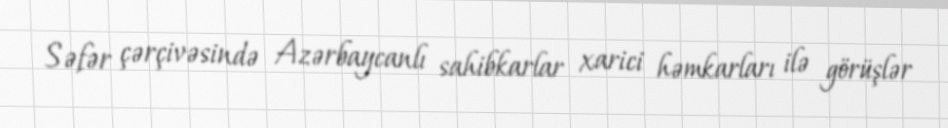
Səfər çərçivəsində Azərbaycanlı sahibkarlar xarici həmkarları ilə görüşlər